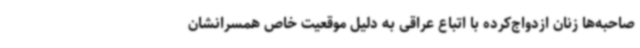
صاحبه‌ها زنان ازدواج‌کرده با اتباع عراقی به دلیل موقعیت خاص همسرانشان